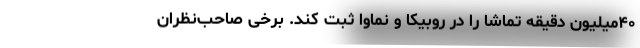
۴۰میلیون دقیقه تماشا را در روبیکا و نماوا ثبت کند. برخی صاحب‌نظران